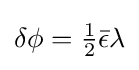
\delta \phi ={\tfrac {1}{2}}{\bar {\epsilon }}\lambda